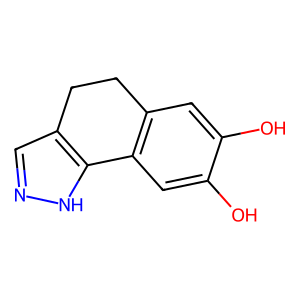
SMILES: Oc1cc2c(cc1O)-c1[nH]ncc1CC2
Inhibits HIV replication: No